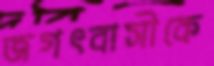
জগৎবাসীকে